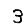
Digit: 3